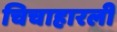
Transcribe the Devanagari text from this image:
चिचाहारली